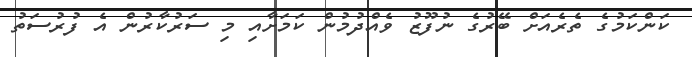
ކަންކަމުގެ ތެރެއަށް ބޭރުގެ ނުފޫޒު ވެއްދުމުން ކަމަށާއި މި ސަރުކާރުން އެ ފުރުސަތު